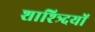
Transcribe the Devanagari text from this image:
शाश्त्र्दियों